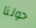
حولنا